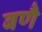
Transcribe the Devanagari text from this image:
बणै